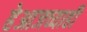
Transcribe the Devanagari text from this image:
हेआजच्याही